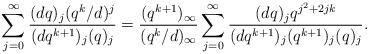
LaTeX: \begin{align*}\sum_{j=0}^{\infty}\frac{(dq)_{j}(q^{k}/d)^{j}}{(dq^{k+1})_j(q)_j}=\frac{(q^{k+1})_{\infty}}{(q^{k}/d)_{\infty}}\sum_{j=0}^{\infty}\frac{(dq)_{j}q^{j^2+2jk}}{(dq^{k+1})_j(q^{k+1})_j(q)_j}.\end{align*}